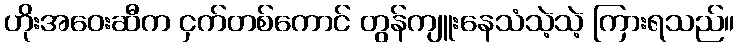
ဟိုးအဝေးဆီက ငှက်တစ်ကောင် တွန်ကျူးနေသံသဲ့သဲ့ ကြားရသည်။